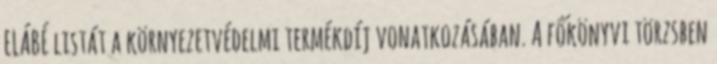
ELÁBÉ listát a környezetvédelmi termékdíj vonatkozásában. A főkönyvi törzsben